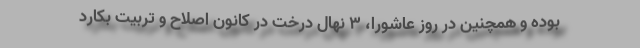
بوده و همچنین در روز عاشورا، ۳ نهال درخت در کانون اصلاح و تربیت بکارد